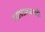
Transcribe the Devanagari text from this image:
व्याघ्रप्रकल्पही